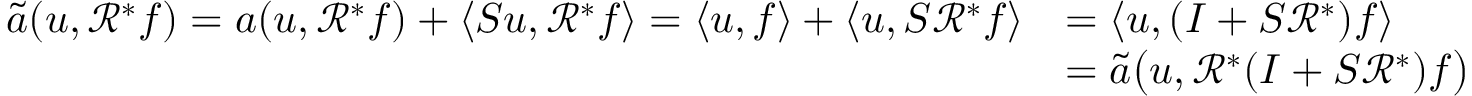
\begin{array} { r l } { \widetilde { a } ( u , \mathcal { R } ^ { * } f ) = a ( u , \mathcal { R } ^ { * } f ) + \langle S u , \mathcal { R } ^ { * } f \rangle = \langle u , f \rangle + \langle u , S \mathcal { R } ^ { * } f \rangle } & { = \langle u , ( I + S \mathcal { R } ^ { * } ) f \rangle } \\ & { = \widetilde { a } \big ( u , \mathcal { R } ^ { * } ( I + S \mathcal { R } ^ { * } ) f \big ) } \end{array}